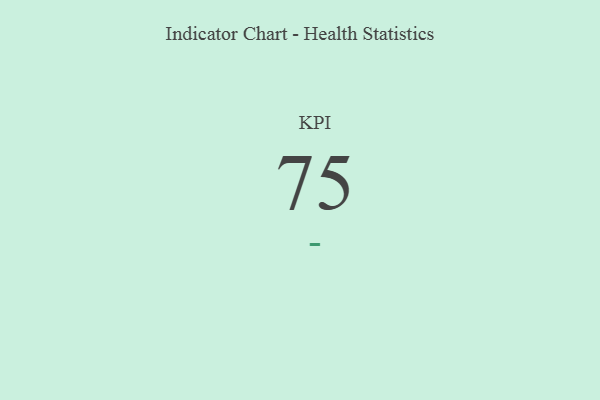
{"axis": {"x": "KPI", "y": "Value"}, "legend": [""], "data": [{"x": "KPI", "y": 75, "type": ""}]}